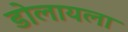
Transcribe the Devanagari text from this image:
डोलायला